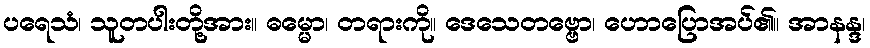
ပရေသံ၊ သူတပါးတို့အား။ ဓမ္မော၊ တရားကို။ ဒေသေတဗ္ဗော၊ ဟောပြောအပ်၏။ အာနန္ဒ၊